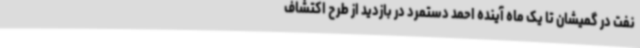
نفت در گمیشان تا یک ماه آینده احمد دستمرد در بازدید از طرح اکتشاف